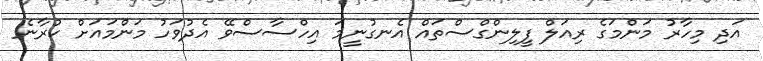
އަދި މިހާރު މަންމަގެ ރިއަލް ފީލިންގްސްތައް އެނގުނީމަ އިހްސާސްވޭ އެދުވަހު މަންމައަށް ކުރާނެ